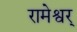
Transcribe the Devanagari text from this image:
रामेश्वर्